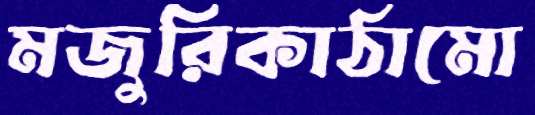
মজুরিকাঠামো